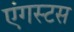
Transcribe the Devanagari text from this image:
एंगस्टस